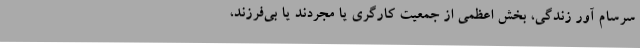
سرسام آور زندگی، بخش اعظمی از جمعیت کارگری یا مجردند یا بی‌فرزند،